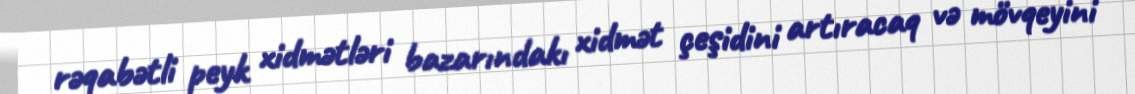
rəqabətli peyk xidmətləri bazarındakı xidmət çeşidini artıracaq və mövqeyini